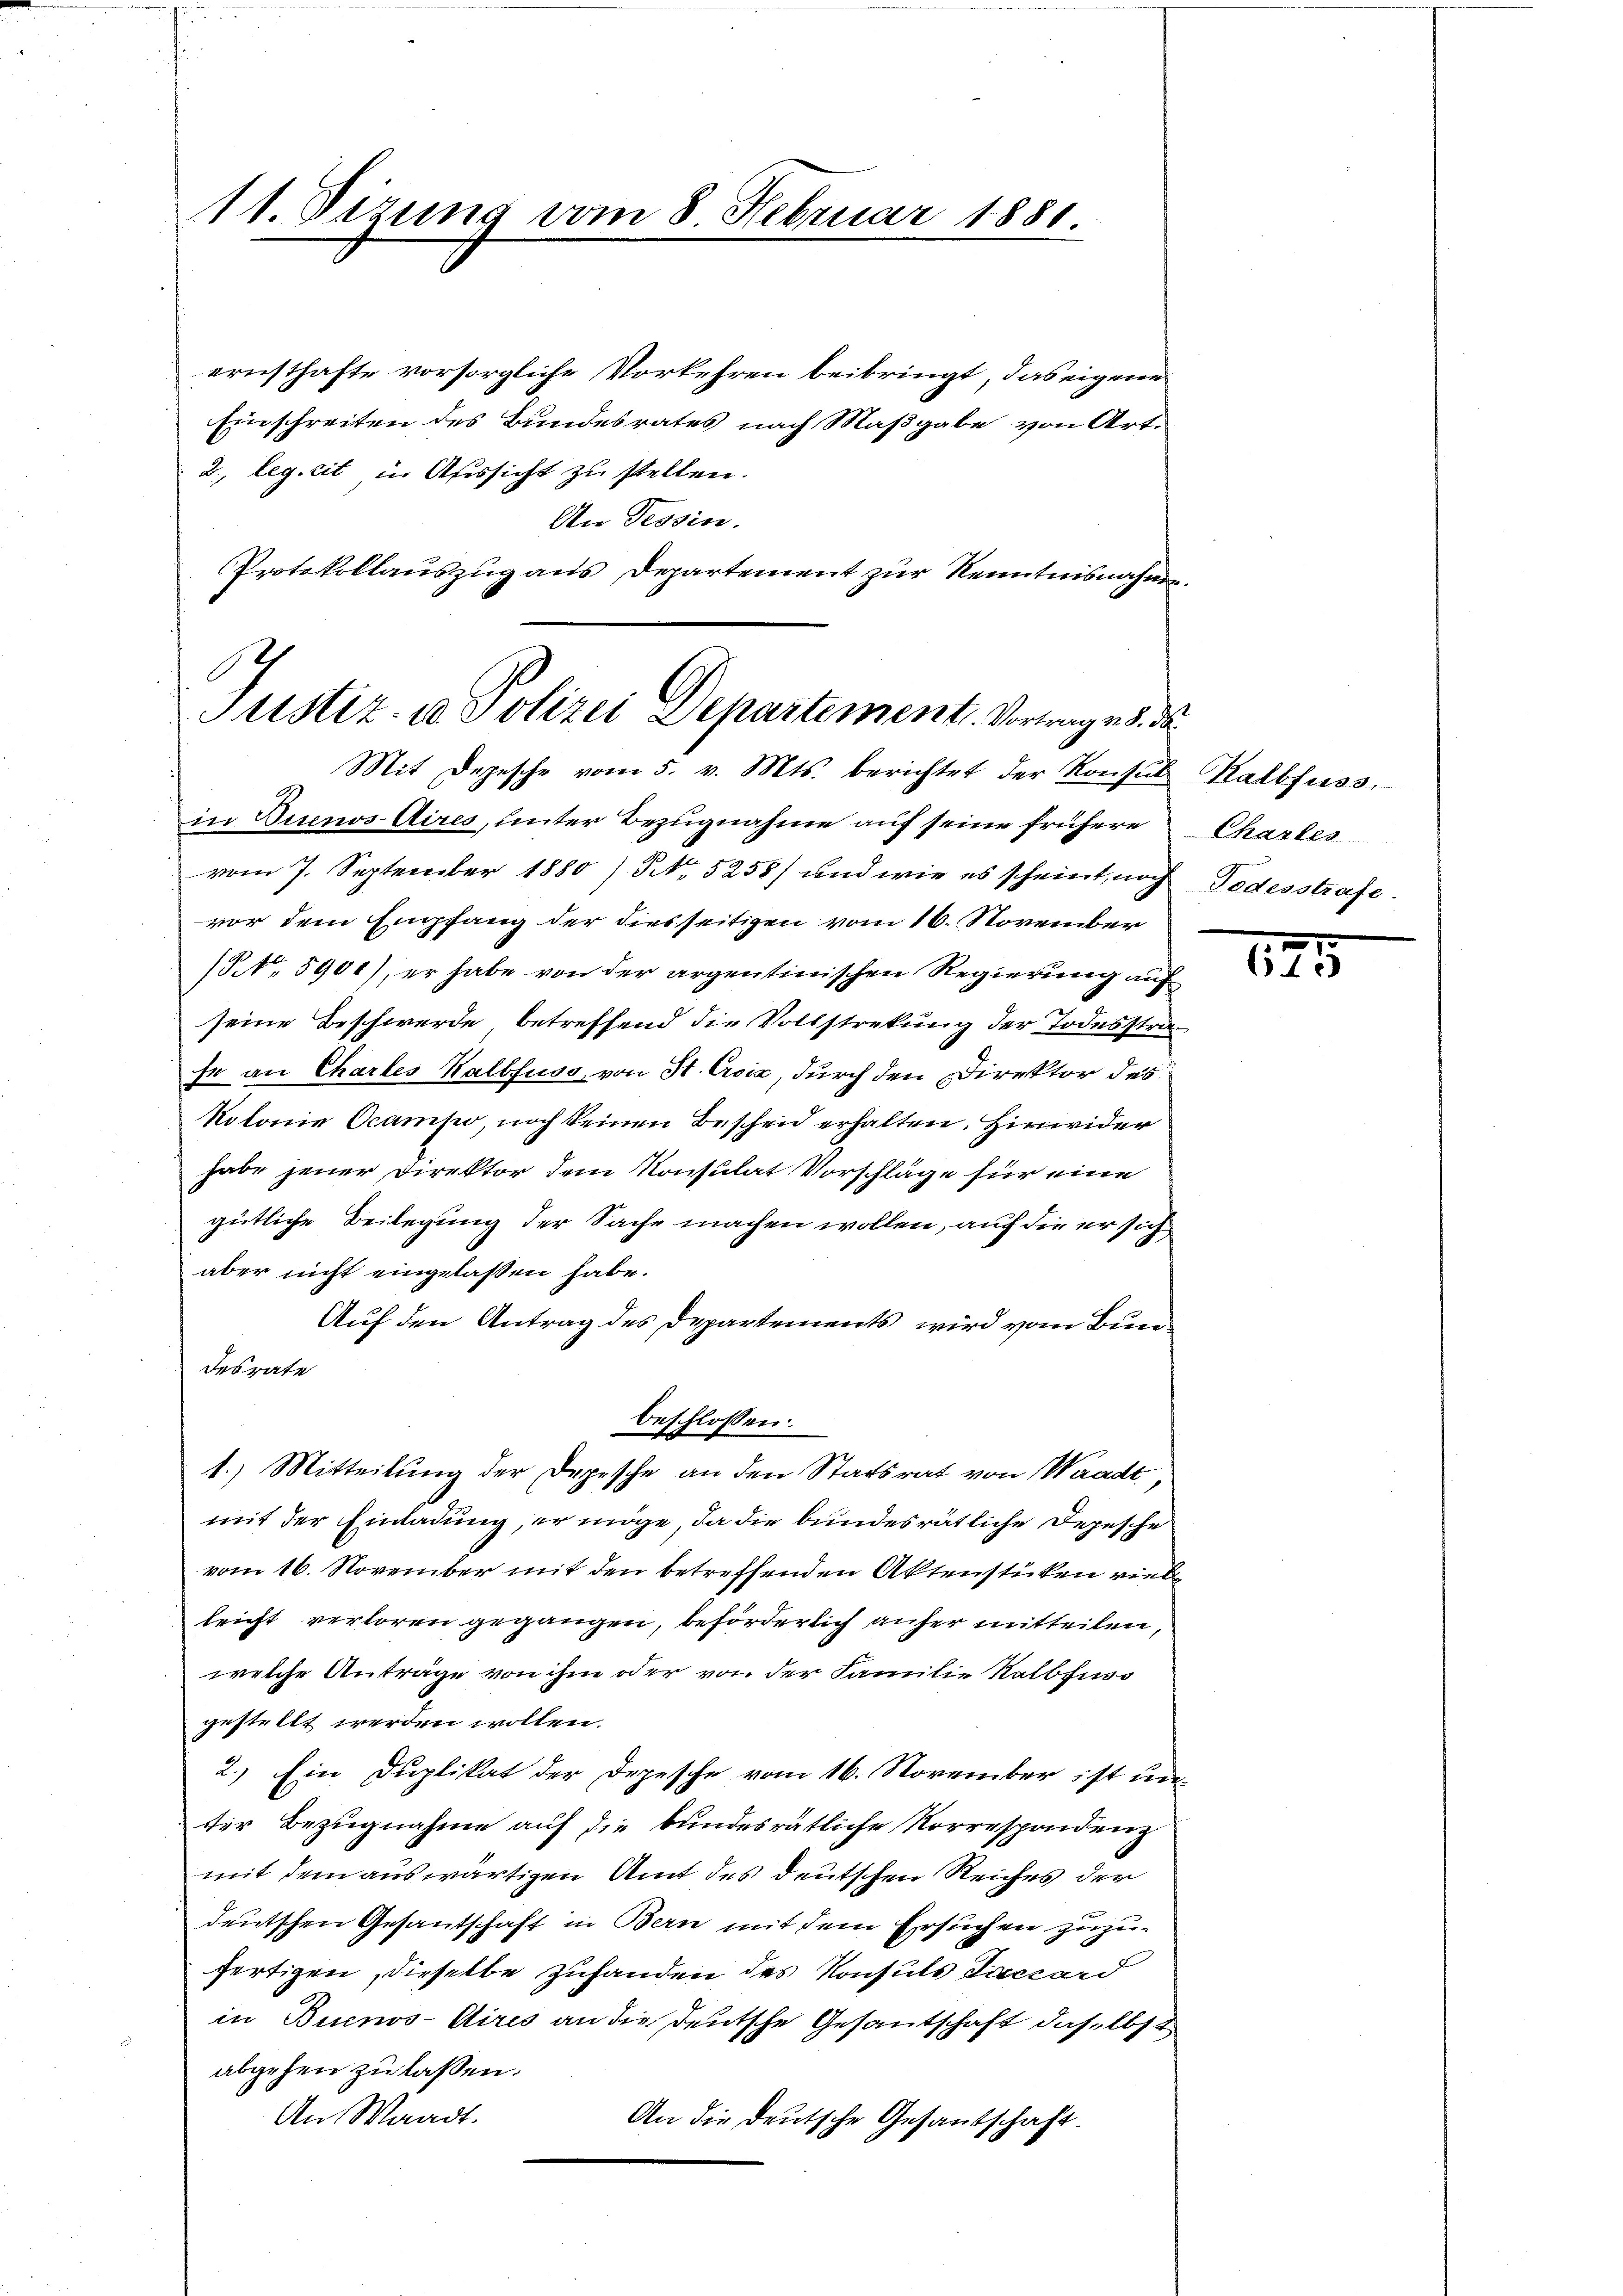
11. Sizung vom 8. Februar 1881.

ernsthafte vorsorgliche Vorkehren beibringt, das eigene
Einschreiten des Bundesrates nach Maßgabe von Art.
2., leg. lit in Aussicht zu stellen.
An Tessin.
Protokollauszug aus Departement zur Kenntnisnahme.

Justiz u. Polizei Departement. Vortrag es de
Mit Depesche vom 5. v. Mts. berichtet der Konsul Kalbfuss.

beschlossen:

in Buenos Aires, unter Bezugnahme auf seine frühere
vom 7. September 1880 / NNo. 5258) und wie es scheint, noch
vor dem Empfang der diesseitigen vom 16. November
NNo. 5901), er habe von der argentinischen Regierung auf
seine Beschwerde, betreffend die Vollstrekung der Todesstrafe an Chartes Kalbfuss von St. Croix, durch den Direktor des
kolonie Ocampo, noch keinen Bescheid erhalten. Hirwider
habe jener Direktor dem Konsulat Vorschläge für eine
gütliche Beilegung der Sache machen wollen, auf die er sich
aber nicht eingelassen habe.
Auf den Antrag des Departements wird vom Bundesrate
1.) Mitteilung der Depesche an den Statsrat von Waadt,
mit der Einladung, er möge, da die bundesrätliche Depesche
vom 16. November mit den betreffenden Aktenstücken viel
leicht verloren gegangen, beförderlich anher mitteilen,
welche Anträge von ihm oder von der Familie Kalbfuss
gestellt werden wollen.
2.) Ein Duplikat der Depesche vom 16. November ist unter Bezugnahme auf die bundesrätliche Norrespondenz
mit dem auswärtigen Amt des deutschen Reiches der
deutschen Gesantschaft in Bern mit dem Ersuchen zuzufertigen, dieselbe Zuhanden des Konsuls dieccard
in Buenos-Aires an die deutsche Gesantschaft daselbst
abgehen zu lassen.
An Waadt.
An die deutsche Gesantschaft.

Charles
Todesstrafe.

13